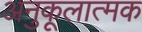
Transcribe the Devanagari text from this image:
अनुकूलात्मक